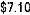
$7.10